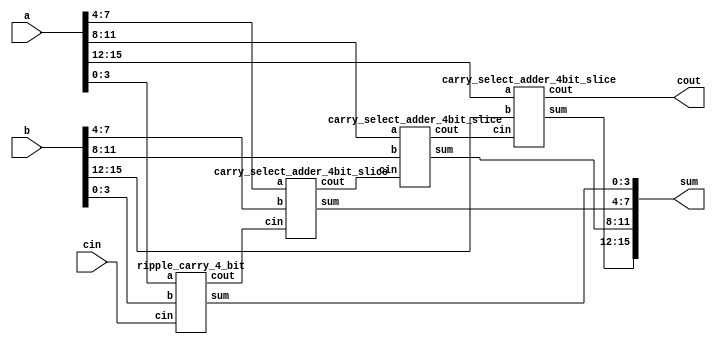
module carry_select_adder_16bit(a, b, cin, sum, cout);
input [15:0] a,b;
input cin;
output [15:0] sum;
output cout;
 
wire [2:0] c;
 
ripple_carry_4_bit rca1(
.a(a[3:0]),
.b(b[3:0]),
.cin(cin),
.sum(sum[3:0]),
.cout(c[0]));
 

carry_select_adder_4bit_slice csa_slice1(
.a(a[7:4]),
.b(b[7:4]),
.cin(c[0]),
.sum(sum[7:4]),
.cout(c[1]));
 
carry_select_adder_4bit_slice csa_slice2(
.a(a[11:8]),
.b(b[11:8]),
.cin(c[1]),
.sum(sum[11:8]), 
.cout(c[2]));
 
carry_select_adder_4bit_slice csa_slice3(
.a(a[15:12]),
.b(b[15:12]),
.cin(c[2]),
.sum(sum[15:12]),
.cout(cout));
endmodule
 
 
module carry_select_adder_4bit_slice(a, b, cin, sum, cout);
input [3:0] a,b;
input cin;
output [3:0] sum;
output cout;
 
wire [3:0] s0,s1;
wire c0,c1;
 
ripple_carry_4_bit rca1(
.a(a[3:0]),
.b(b[3:0]),
.cin(1'b0),
.sum(s0[3:0]),
.cout(c0));
 
ripple_carry_4_bit rca2(
.a(a[3:0]),
.b(b[3:0]),
.cin(1'b1),
.sum(s1[3:0]),
.cout(c1));
 
mux2X1 #(4) ms0(
.in0(s0[3:0]),
.in1(s1[3:0]),
.sel(cin),
.out(sum[3:0]));
 
mux2X1 #(1) mc0(
.in0(c0),
.in1(c1),
.sel(cin),
.out(cout));
endmodule
 
 
module mux2X1( in0,in1,sel,out);
parameter width=16; 
input [width-1:0] in0,in1;
input sel;
output [width-1:0] out;
assign out=(sel)?in1:in0;
endmodule
 

module ripple_carry_4_bit(a, b, cin, sum, cout);
input [3:0] a,b;
input cin;
output [3:0] sum;
output cout;
 
wire c1,c2,c3;
 
full_adder fa0(
.a(a[0]),
.b(b[0]),
.cin(cin),
.sum(sum[0]),
.cout(c1));
 
full_adder fa1(
.a(a[1]),
.b(b[1]),
.cin(c1),
.sum(sum[1]),
.cout(c2));
 
full_adder fa2(
.a(a[2]),
.b(b[2]),
.cin(c2),
.sum(sum[2]),
.cout(c3));
 
full_adder fa3(
.a(a[3]),
.b(b[3]),
.cin(c3),
.sum(sum[3]),
.cout(cout));
endmodule

 
module full_adder(a,b,cin,sum, cout);
input a,b,cin;
output sum, cout;
 
wire x,y,z;
 
half_adder h1(.a(a), .b(b), .sum(x), .cout(y));
half_adder h2(.a(x), .b(cin), .sum(sum), .cout(z));
or or_1(cout,z,y);
endmodule

 
module half_adder( a,b, sum, cout );
input a,b;
output sum, cout;
xor xor_1 (sum,a,b);
and and_1 (cout,a,b);
endmodule